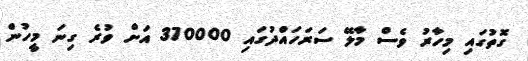
ގޮތުގައި މިހާރު ވެސް މާލޭ ސަރަހައްދުގައި 370000 އަށް ވުރެ ގިނަ މީހުން